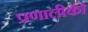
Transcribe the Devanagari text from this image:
प्रणालीकी